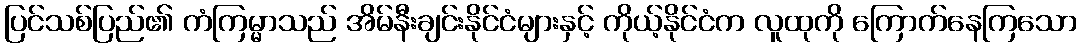
ပြင်သစ်ပြည်၏ ကံကြမ္မာသည် အိမ်နီးချင်းနိုင်ငံများနှင့် ကိုယ့်နိုင်ငံက လူထုကို ကြောက်နေကြသော